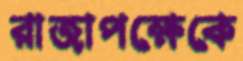
রাজাপক্ষেকে